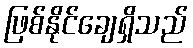
ဖြစ်နိုင်ချေရှိသည်